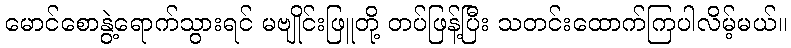
မောင်စောနွဲ့ရောက်သွားရင် မဗျိုင်းဖြူတို့ တပ်ဖြန့်ပြီး သတင်းထောက်ကြပါလိမ့်မယ်။